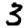
Digit: 3